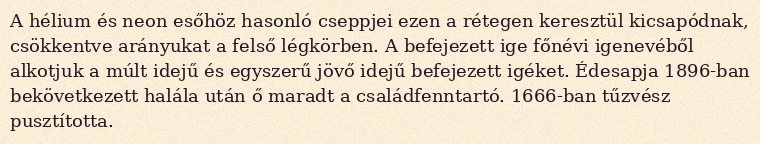
A hélium és neon esőhöz hasonló cseppjei ezen a rétegen keresztül kicsapódnak, csökkentve arányukat a felső légkörben. A befejezett ige főnévi igenevéből alkotjuk a múlt idejű és egyszerű jövő idejű befejezett igéket. Édesapja 1896-ban bekövetkezett halála után ő maradt a családfenntartó. 1666-ban tűzvész pusztította.